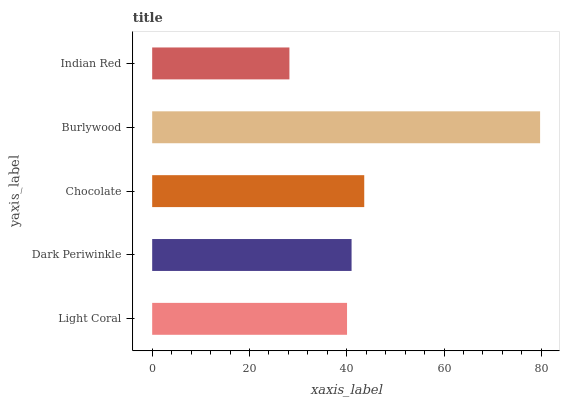
| yaxis_label | bars |
 | --- | --- |
 | Light Coral | 40.1 |
 | Dark Periwinkle | 41 |
 | Chocolate | 43.6 |
 | Burlywood | 79.7 |
 | Indian Red | 28.2 |